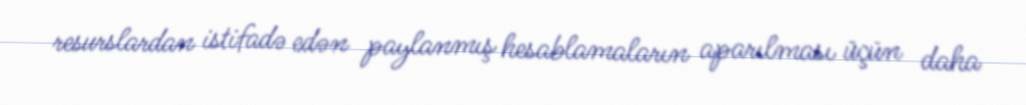
resurslardan istifadə edən paylanmış hesablamaların aparılması üçün daha